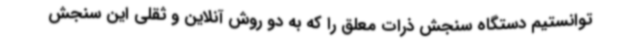
توانستیم دستگاه سنجش ذرات معلق را که به دو روش آنلاین و ثقلی این سنجش